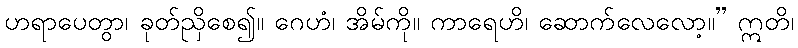
ဟရာပေတွာ၊ ခုတ်ညှိစေ၍။ ဂေဟံ၊ အိမ်ကို။ ကာရေဟိ၊ ဆောက်လေလော့။” ဣတိ၊